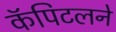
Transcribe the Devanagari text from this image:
कॅपिटलने